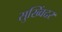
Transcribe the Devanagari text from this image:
सुख्विंदर